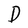
Character: D